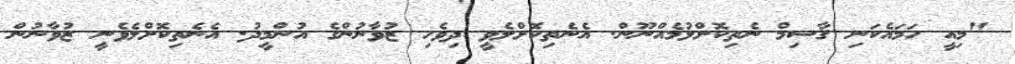
"މިއީ ހަމައެކަނި ޤާސިމް ނެތިކޮށްލުމެއްނޫން. އެނެތިކޮށްލެވީ ދިވެހި ޒުވާނުންގެ އުންމީދު. އެނެތިކޮށްލެވެނީ ޒުވާނުން